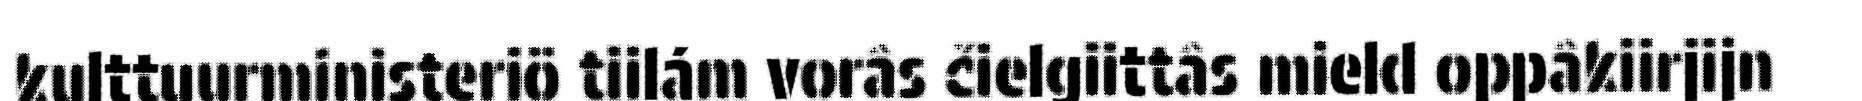
kulttuurministeriö tiilám vorâs čielgiittâs mield oppâkiirjijn